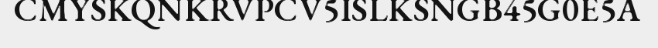
CMYSKQNKRVPCV5ISLKSNGB45G0E5A